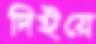
দিইয়ে